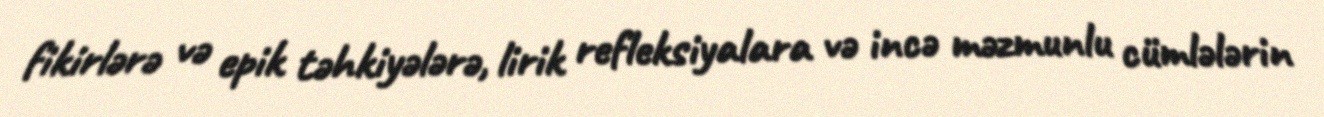
fikirlərə və epik təhkiyələrə, lirik refleksiyalara və incə məzmunlu cümlələrin